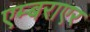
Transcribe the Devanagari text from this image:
एम्बराएर